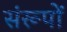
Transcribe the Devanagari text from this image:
संरूपों